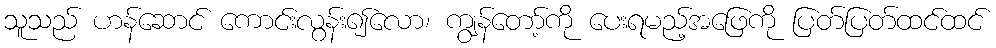
သူသည် ဟန်ဆောင် ကောင်းလွန်း၍လော၊ ကျွန်တော့်ကို ပေးရမည့်အဖြေကို ပြတ်ပြတ်ထင်ထင်